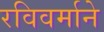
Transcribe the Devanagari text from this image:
रविवर्माने